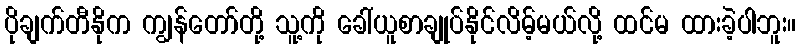
ပိုချက်တီနိုက ကျွန်တော်တို့ သူ့ကို ခေါ်ယူစာချုပ်နိုင်လိမ့်မယ်လို့ ထင်မ ထားခဲ့ပါဘူး။